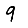
Digit: 9